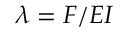
\lambda = F / E I